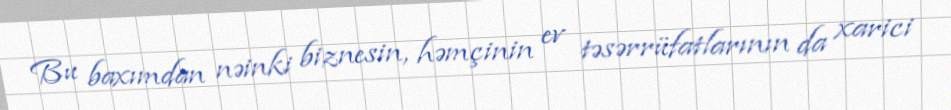
Bu baxımdan nəinki biznesin, həmçinin ev təsərrüfatlarının da xarici